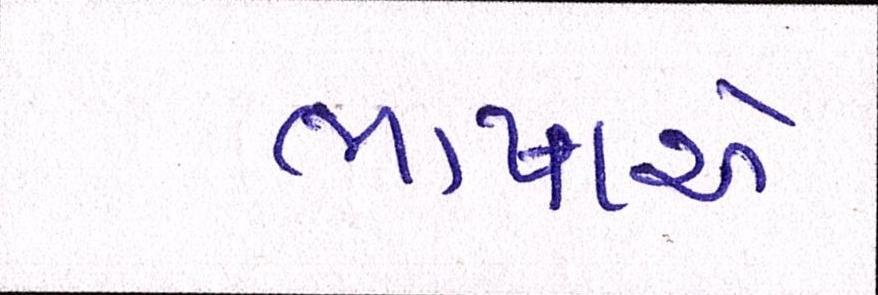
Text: ભાષાએ